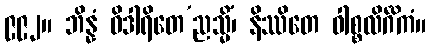
၉၉၂။ ဘိန္နံ ဝိဒါရိတေ’ညသ္မိံ၊ နိဿိတေ ဝါစ္စလိင်္ဂိကံ။